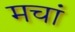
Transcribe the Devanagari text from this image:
मचां